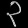
Digit: ၃